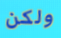
ولكن